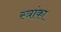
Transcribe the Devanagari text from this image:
स्त्रांका